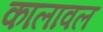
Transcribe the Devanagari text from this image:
कालावल